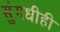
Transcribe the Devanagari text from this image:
सुंगधीही